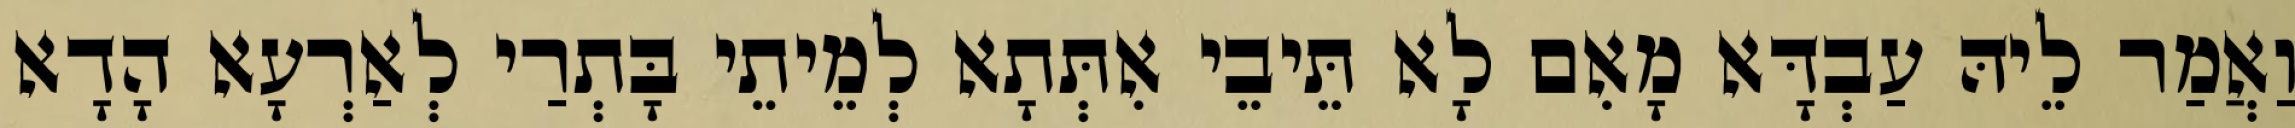
וַאֲמַר לֵיהּ עַבְדָּא מָאִם לָא תֵּיבֵי אִתְּתָא לְמֵיתֵי בָּתְרַי לְאַרְעָא הָדָא